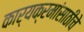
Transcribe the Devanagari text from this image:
कार्यक्रमांसाठीचे